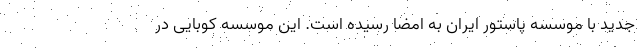
جدید با موسسه پاستور ایران به امضا رسیده است. این موسسه کوبایی در